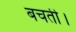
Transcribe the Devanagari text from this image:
बचती।